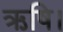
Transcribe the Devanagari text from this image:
ऋषि।